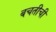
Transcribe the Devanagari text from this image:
बचतीची